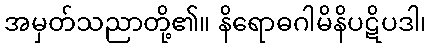
အမှတ်သညာတို့၏။ နိရောဓဂါမိနိပဋိပဒါ၊